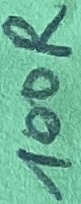
Text: 100R